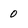
Character: 0